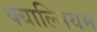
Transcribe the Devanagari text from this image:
क्याल्सियम